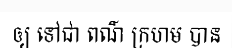
ឲ្យ ទៅជា ពណ៌ ក្រហម បាន